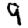
Digit: 9